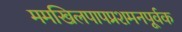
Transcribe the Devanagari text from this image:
ममखिलपापप्रशमनपूर्वक